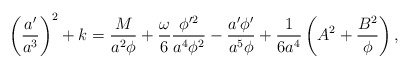
\begin{align*}\left({a'\over a^3}\right)^2 +k={M\over a^2 \phi} +{\omega \over 6} {\phi'^2 \over a^4 \phi^2} - {a'\phi'\over a^5 \phi}+{1\over 6 a^4} \left( A^2 + {B^2\over\phi}\right),\end{align*}